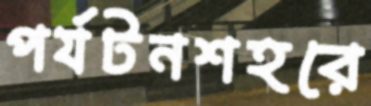
পর্যটনশহরে